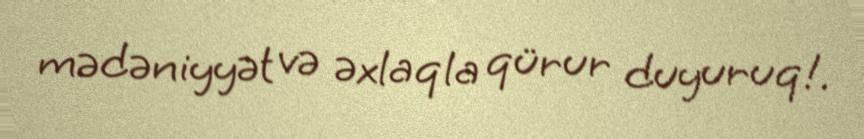
mədəniyyət və əxlaqla qürur duyuruq!.